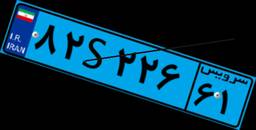
۸۲S۲۲۶۶۱